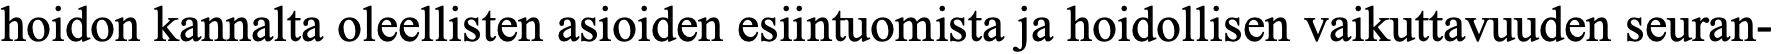
hoidon kannalta oleellisten asioiden esiintuomista ja hoidollisen vaikuttavuuden seuran-